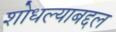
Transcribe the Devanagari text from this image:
शोधल्याबद्दल